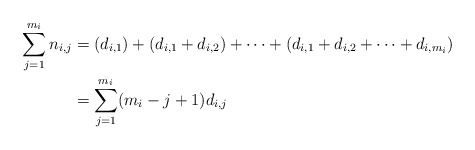
\begin{align*}\sum_{j=1}^{m_i} n_{i,j} &= (d_{i,1}) + (d_{i,1} + d_{i,2}) + \cdots + (d_{i,1} + d_{i,2} + \cdots + d_{i,m_i}) \\&= \sum_{j=1}^{m_i} (m_i - j +1) d_{i,j}\end{align*}